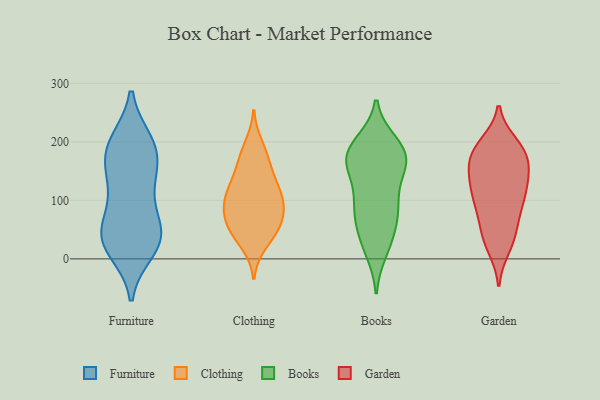
{"axis": {"x": "Revenue (USD Million)", "y": "Value"}, "legend": ["Books", "Clothing", "Furniture", "Garden"], "data": [{"x": "", "y": 119, "type": "Furniture"}, {"x": "", "y": 178, "type": "Furniture"}, {"x": "", "y": 34, "type": "Furniture"}, {"x": "", "y": 113, "type": "Furniture"}, {"x": "", "y": 29, "type": "Furniture"}, {"x": "", "y": 34, "type": "Furniture"}, {"x": "", "y": 170, "type": "Furniture"}, {"x": "", "y": 199, "type": "Furniture"}, {"x": "", "y": 190, "type": "Furniture"}, {"x": "", "y": 144, "type": "Furniture"}, {"x": "", "y": 199, "type": "Furniture"}, {"x": "", "y": 49, "type": "Furniture"}, {"x": "", "y": 56, "type": "Furniture"}, {"x": "", "y": 40, "type": "Furniture"}, {"x": "", "y": 16, "type": "Furniture"}, {"x": "", "y": 66, "type": "Clothing"}, {"x": "", "y": 57, "type": "Clothing"}, {"x": "", "y": 98, "type": "Clothing"}, {"x": "", "y": 174, "type": "Clothing"}, {"x": "", "y": 42, "type": "Clothing"}, {"x": "", "y": 143, "type": "Clothing"}, {"x": "", "y": 164, "type": "Clothing"}, {"x": "", "y": 121, "type": "Clothing"}, {"x": "", "y": 79, "type": "Clothing"}, {"x": "", "y": 48, "type": "Clothing"}, {"x": "", "y": 115, "type": "Clothing"}, {"x": "", "y": 76, "type": "Clothing"}, {"x": "", "y": 100, "type": "Clothing"}, {"x": "", "y": 194, "type": "Clothing"}, {"x": "", "y": 112, "type": "Clothing"}, {"x": "", "y": 26, "type": "Clothing"}, {"x": "", "y": 160, "type": "Books"}, {"x": "", "y": 186, "type": "Books"}, {"x": "", "y": 22, "type": "Books"}, {"x": "", "y": 164, "type": "Books"}, {"x": "", "y": 58, "type": "Books"}, {"x": "", "y": 158, "type": "Books"}, {"x": "", "y": 98, "type": "Books"}, {"x": "", "y": 187, "type": "Books"}, {"x": "", "y": 34, "type": "Books"}, {"x": "", "y": 67, "type": "Books"}, {"x": "", "y": 126, "type": "Books"}, {"x": "", "y": 99, "type": "Books"}, {"x": "", "y": 86, "type": "Books"}, {"x": "", "y": 176, "type": "Books"}, {"x": "", "y": 81, "type": "Books"}, {"x": "", "y": 199, "type": "Books"}, {"x": "", "y": 198, "type": "Books"}, {"x": "", "y": 160, "type": "Books"}, {"x": "", "y": 13, "type": "Books"}, {"x": "", "y": 171, "type": "Books"}, {"x": "", "y": 173, "type": "Garden"}, {"x": "", "y": 140, "type": "Garden"}, {"x": "", "y": 195, "type": "Garden"}, {"x": "", "y": 187, "type": "Garden"}, {"x": "", "y": 77, "type": "Garden"}, {"x": "", "y": 180, "type": "Garden"}, {"x": "", "y": 102, "type": "Garden"}, {"x": "", "y": 114, "type": "Garden"}, {"x": "", "y": 146, "type": "Garden"}, {"x": "", "y": 123, "type": "Garden"}, {"x": "", "y": 97, "type": "Garden"}, {"x": "", "y": 156, "type": "Garden"}, {"x": "", "y": 49, "type": "Garden"}, {"x": "", "y": 184, "type": "Garden"}, {"x": "", "y": 132, "type": "Garden"}, {"x": "", "y": 33, "type": "Garden"}, {"x": "", "y": 184, "type": "Garden"}, {"x": "", "y": 35, "type": "Garden"}, {"x": "", "y": 85, "type": "Garden"}, {"x": "", "y": 20, "type": "Garden"}]}